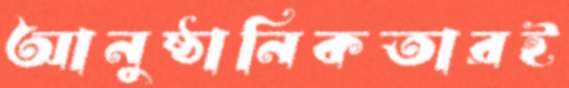
আনুষ্ঠানিকতারই